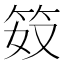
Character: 笯